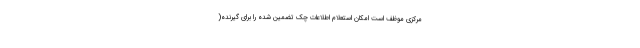
مرکزی موظف است امکان استعلام اطلاعات چک تضمین شده را برای گیرنده(